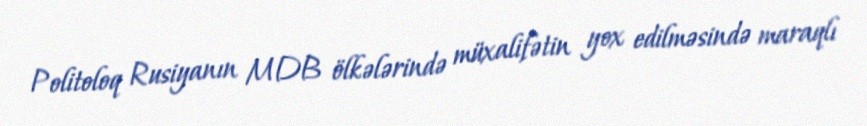
Politoloq Rusiyanın MDB ölkələrində müxalifətin yox edilməsində maraqlı